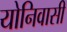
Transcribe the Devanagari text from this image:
योनिवासी